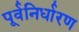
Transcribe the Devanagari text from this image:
पूर्वनिर्धारण